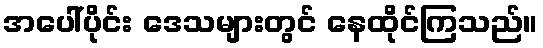
အပေါ်ပိုင်း ဒေသများတွင် နေထိုင်ကြသည်။